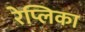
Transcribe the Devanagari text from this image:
रेप्लिका